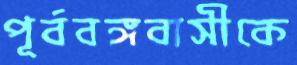
পূর্ববঙ্গবাসীকে